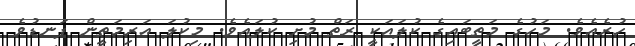
ހުރެއެވެ. މަހުގެ މަތީބައިގެ ކުލައަކީ ރަތް މުށި ކުލައެވެ. މިކުލަ އަރިމަތީން ފަނޑުވެ